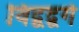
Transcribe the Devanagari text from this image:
विद्वद्वर्ग